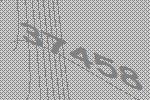
37458